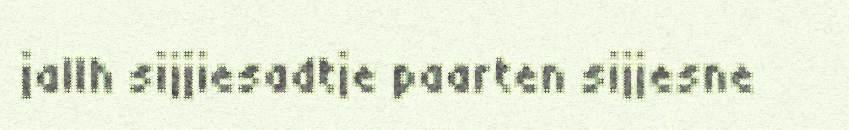
jallh sijjiesadtje paarten sijjesne